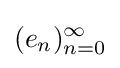
(e_{n})_{n=0}^{\infty }